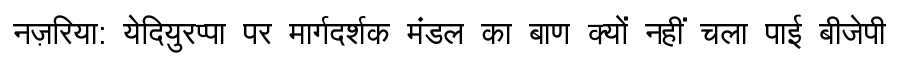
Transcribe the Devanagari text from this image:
नज़रिया: येदियुरप्पा पर मार्गदर्शक मंडल का बाण क्यों नहीं चला पाई बीजेपी